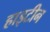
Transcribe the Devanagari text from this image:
हाइटीन